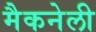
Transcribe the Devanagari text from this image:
मैकनेली